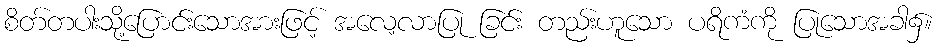
စိတ်တပါးသို့ပြောင်းသောအားဖြင့် အလေ့လာပြု ခြင်း တည်းဟူသော ပရိကံကို ပြုသောအခါ၌။